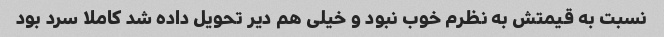
نسبت به قیمتش به نظرم خوب نبود و خیلی هم دیر تحویل داده شد کاملا سرد بود